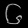
Digit: ၆